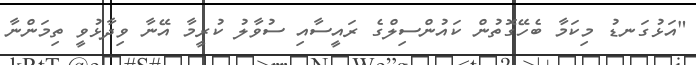
"އަޅުގަނޑު މިކަމާ ބެހޭގޮތުން ކައުންސިލްގެ ރައީސާއި ސުވާލު ކުރީމާ އޭނާ ވިދާޅުވީ ތިމަންނާ